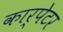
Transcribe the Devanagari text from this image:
कार्पेटर